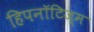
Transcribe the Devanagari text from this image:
हिपनॉटिज्म